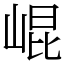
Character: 崐